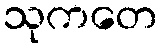
သုကတေ